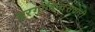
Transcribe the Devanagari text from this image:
हरगोबिन्दसवारी